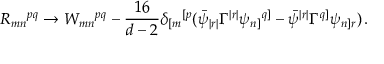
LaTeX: R _ { m n } { } ^ { p q } \rightarrow W _ { m n } { } ^ { p q } - \frac { 1 6 } { d - 2 } \delta _ { [ m } { } ^ { [ p } ( \bar { \psi } _ { | r | } \Gamma ^ { | r | } \psi _ { n ] } { } ^ { q ] } - \bar { \psi } ^ { | r | } \Gamma ^ { q ] } \psi _ { n ] r } ) \, .